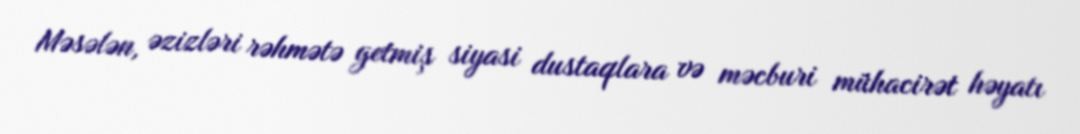
Məsələn, əzizləri rəhmətə getmiş siyasi dustaqlara və məcburi mühacirət həyatı